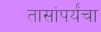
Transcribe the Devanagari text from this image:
तासांपर्यंचा